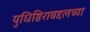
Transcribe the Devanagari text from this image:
युधिष्ठिराबद्दलच्या